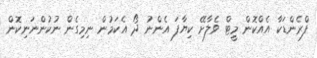
ފްރެންޑަކާ އެއްކޮން މީޓް ވެލާށޭ ކިޔާފަ އެންނު ދޯ އެކަމުން ނިމިގެން ނުކުންނަނިކޮން